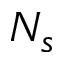
N _ { s }